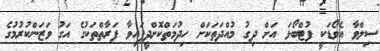
ސިލްވާ އެވޯޑަކީ ފުޓްބޯޅަ އަށް ދިގު މުއްދަތަކަށް ހިދުމަތްކޮށްދީފައިވާ ފަރާތްތަކުގެ އަގު ވަޒަންކުރުމުގެ